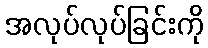
အလုပ်လုပ်ခြင်းကို